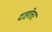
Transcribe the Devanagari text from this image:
दाहोत्तर